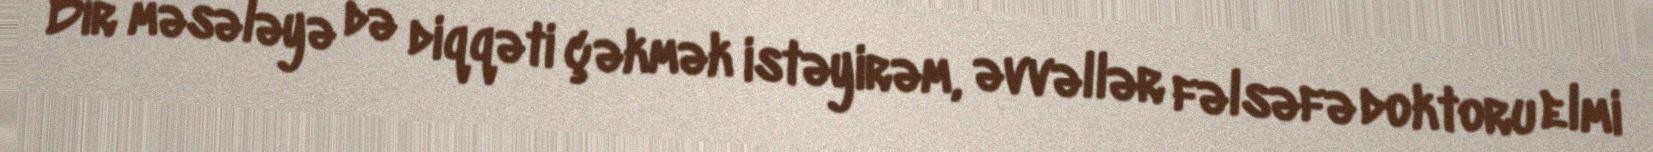
Bir məsələyə də diqqəti çəkmək istəyirəm, əvvəllər fəlsəfə doktoru elmi